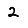
Digit: 2